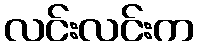
လင်းလင်းက